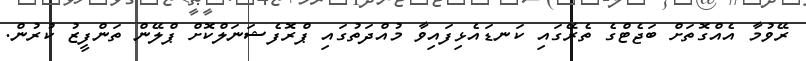
ރޭވުމާ އެއްގޮތަށް ބަޖެޓްގެ ތެރޭގައި ކަނޑައެޅިފައިވާ މުއްދަތުގައި ޕްރޮފެޝަނަލްކޮށް ޕްލޭން ތަންފީޒު ކުރުން.